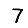
Digit: 7